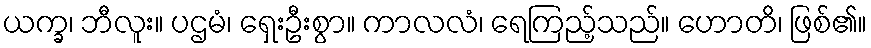
ယက္ခ၊ ဘီလူး။ ပဌမံ၊ ရှေးဦးစွာ။ ကာလလံ၊ ရေကြည့်သည်။ ဟောတိ၊ ဖြစ်၏။